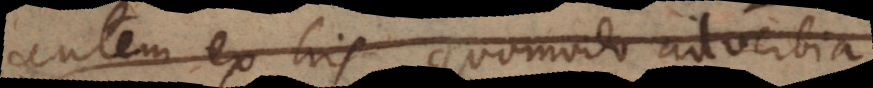
autem ex his quomodo adverbia